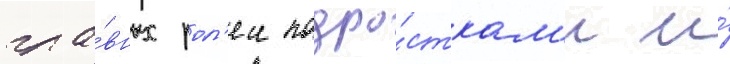
гла́вных рол'еи подро́сткам'и и́